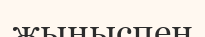
жыныспен